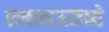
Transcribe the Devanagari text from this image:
लखनऊमध्ये